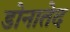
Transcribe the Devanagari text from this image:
डोनातेद